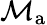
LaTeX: \mathcal{M}_{\mathrm{a}}